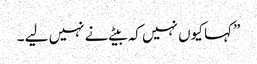
” کہا کیوں نہیں کہ بیٹے نے نہیں لیے ۔